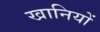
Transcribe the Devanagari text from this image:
खानियों